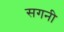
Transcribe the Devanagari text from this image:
सगनी